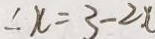
\therefore x = 3 - 2 x